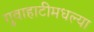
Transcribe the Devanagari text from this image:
गुवाहाटीमधल्या